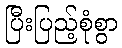
ပြီးပြည့်စုံစွာ